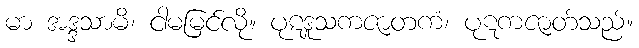
မာ အဒ္ဒသာမိ၊ ငါမမြင်လို။ ပုဋဒူသကဇာတကံ၊ ပုဋကဇာတ်သည်။